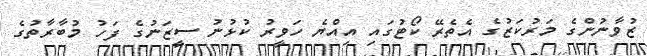
ޒުވާނުންގެ މަރުކަޒުގެ އެތެރޭ ކޯޓުގައި އިއްޔެ ހަވީރު ކުޅުނު ސީޒަނުގެ ފަހު މުބާރާތުގެ